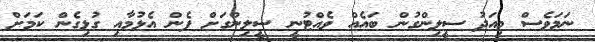
ނަމަވެސް މިއަދު ސީލިންގުން ބައެއް ވެއްޓުނީ ސީލިންގަށް ފެން އެޅުމާއި ގުޅިގެން ކަަމަށް